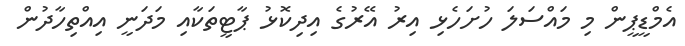
އެމްޑީޕީން މި މައްސަލަ ހުށަހެޅި އިރު އޭރުގެ އިދިކޮޅު ޕާޓީތަކާއި މަދަނީ އިއްތިހާދުން